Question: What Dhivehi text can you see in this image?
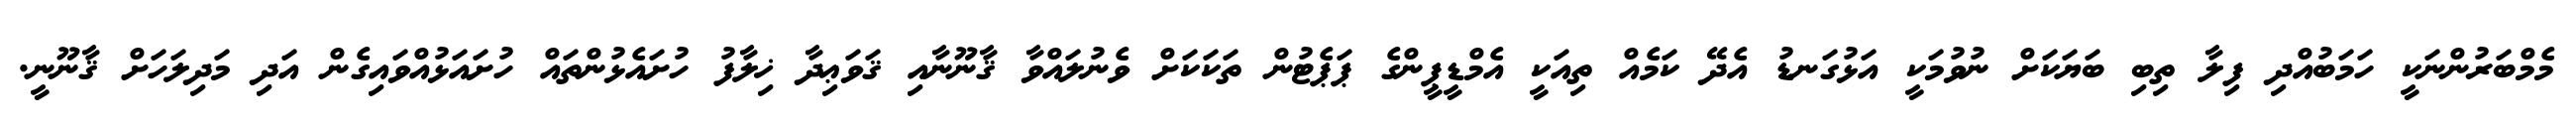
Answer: މެމްބަރުންނަކީ ހަމަބުއްދި ފިލާ ތިބި ބަޔަކަށް ނުވުމަކީ އަޅުގަނޑު އެދޭ ކަމެއް ތިއަކީ އެމްޑީޕީންގެ ޕަޕެޓުން ތަކަކަށް ވެނުލައްވާ ޤާނޫނާއި ޤަވަޢިދާ ޚިލާފު ހުށައެޅުންތައް ހުށައަޅުއްވައިގެން އަދި މަދިލަހަށް ޤާނޫނީ.